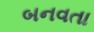
બનવતા